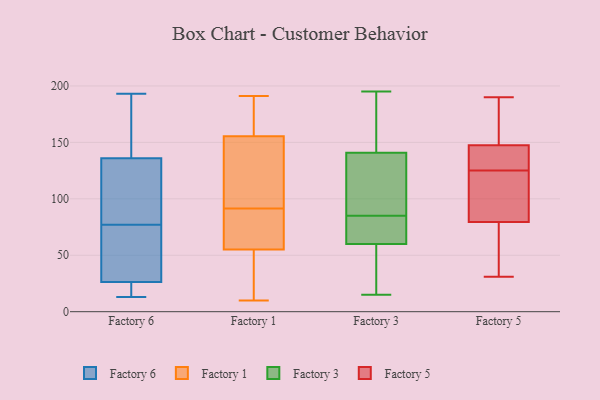
{"axis": {"x": "Inventory Turnover", "y": "Value"}, "legend": ["Factory 1", "Factory 3", "Factory 5", "Factory 6"], "data": [{"x": "", "y": 134, "type": "Factory 6"}, {"x": "", "y": 193, "type": "Factory 6"}, {"x": "", "y": 35, "type": "Factory 6"}, {"x": "", "y": 27, "type": "Factory 6"}, {"x": "", "y": 142, "type": "Factory 6"}, {"x": "", "y": 82, "type": "Factory 6"}, {"x": "", "y": 66, "type": "Factory 6"}, {"x": "", "y": 13, "type": "Factory 6"}, {"x": "", "y": 193, "type": "Factory 6"}, {"x": "", "y": 83, "type": "Factory 6"}, {"x": "", "y": 29, "type": "Factory 6"}, {"x": "", "y": 20, "type": "Factory 6"}, {"x": "", "y": 183, "type": "Factory 6"}, {"x": "", "y": 77, "type": "Factory 6"}, {"x": "", "y": 15, "type": "Factory 6"}, {"x": "", "y": 100, "type": "Factory 6"}, {"x": "", "y": 24, "type": "Factory 6"}, {"x": "", "y": 167, "type": "Factory 1"}, {"x": "", "y": 100, "type": "Factory 1"}, {"x": "", "y": 171, "type": "Factory 1"}, {"x": "", "y": 144, "type": "Factory 1"}, {"x": "", "y": 12, "type": "Factory 1"}, {"x": "", "y": 191, "type": "Factory 1"}, {"x": "", "y": 45, "type": "Factory 1"}, {"x": "", "y": 10, "type": "Factory 1"}, {"x": "", "y": 83, "type": "Factory 1"}, {"x": "", "y": 65, "type": "Factory 1"}, {"x": "", "y": 107, "type": "Factory 1"}, {"x": "", "y": 74, "type": "Factory 1"}, {"x": "", "y": 15, "type": "Factory 3"}, {"x": "", "y": 143, "type": "Factory 3"}, {"x": "", "y": 63, "type": "Factory 3"}, {"x": "", "y": 110, "type": "Factory 3"}, {"x": "", "y": 157, "type": "Factory 3"}, {"x": "", "y": 77, "type": "Factory 3"}, {"x": "", "y": 155, "type": "Factory 3"}, {"x": "", "y": 79, "type": "Factory 3"}, {"x": "", "y": 26, "type": "Factory 3"}, {"x": "", "y": 43, "type": "Factory 3"}, {"x": "", "y": 134, "type": "Factory 3"}, {"x": "", "y": 109, "type": "Factory 3"}, {"x": "", "y": 132, "type": "Factory 3"}, {"x": "", "y": 85, "type": "Factory 3"}, {"x": "", "y": 59, "type": "Factory 3"}, {"x": "", "y": 171, "type": "Factory 3"}, {"x": "", "y": 54, "type": "Factory 3"}, {"x": "", "y": 71, "type": "Factory 3"}, {"x": "", "y": 195, "type": "Factory 3"}, {"x": "", "y": 181, "type": "Factory 5"}, {"x": "", "y": 33, "type": "Factory 5"}, {"x": "", "y": 36, "type": "Factory 5"}, {"x": "", "y": 31, "type": "Factory 5"}, {"x": "", "y": 81, "type": "Factory 5"}, {"x": "", "y": 134, "type": "Factory 5"}, {"x": "", "y": 79, "type": "Factory 5"}, {"x": "", "y": 150, "type": "Factory 5"}, {"x": "", "y": 128, "type": "Factory 5"}, {"x": "", "y": 80, "type": "Factory 5"}, {"x": "", "y": 190, "type": "Factory 5"}, {"x": "", "y": 142, "type": "Factory 5"}, {"x": "", "y": 131, "type": "Factory 5"}, {"x": "", "y": 158, "type": "Factory 5"}, {"x": "", "y": 86, "type": "Factory 5"}, {"x": "", "y": 115, "type": "Factory 5"}, {"x": "", "y": 75, "type": "Factory 5"}, {"x": "", "y": 145, "type": "Factory 5"}, {"x": "", "y": 167, "type": "Factory 5"}, {"x": "", "y": 122, "type": "Factory 5"}]}